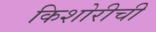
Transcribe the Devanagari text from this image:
किशोरीची